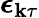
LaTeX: \boldsymbol{\epsilon}_{\mathbf{k}\tau}